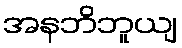
အနဘိဘူယျ